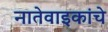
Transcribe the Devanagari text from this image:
नातेवाइकांचे